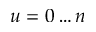
u = 0 \ldots n